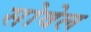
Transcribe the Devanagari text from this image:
सोवेल